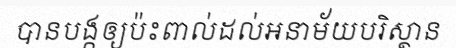
បានបង្កឲ្យប៉ះពាល់ដល់អនាម័យបរិស្ថាន